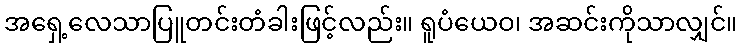
အရှေ့လေသာပြူတင်းတံခါးဖြင့်လည်း။ ရူပံယေဝ၊ အဆင်းကိုသာလျှင်။